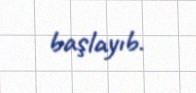
başlayıb.